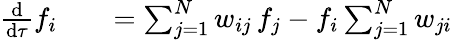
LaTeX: \begin{array}{rlr}{\frac{\mathrm{d}}{\mathrm{d}\tau}f_{i}}&{{}}&{=\sum_{j=1}^{N}w_{ij}\, f_{j}-f_{i}\sum_{j=1}^{N}w_{ji}}\end{array}